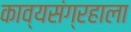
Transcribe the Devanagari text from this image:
काव्यसंग्रहाला